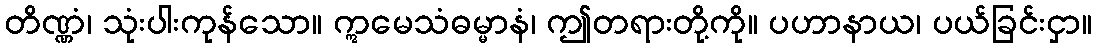
တိဏ္ဏံ၊ သုံးပါးကုန်သော။ ဣမေသံဓမ္မာနံ၊ ဤတရားတို့ကို။ ပဟာနာယ၊ ပယ်ခြင်းငှာ။